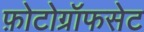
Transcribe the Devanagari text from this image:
फ़ोटोग्रॉफसेट